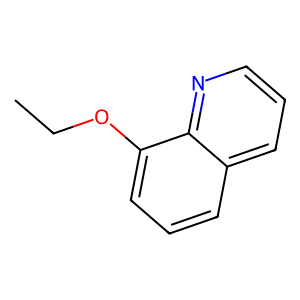
SMILES: CCOc1cccc2cccnc12
Inhibits HIV replication: No